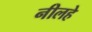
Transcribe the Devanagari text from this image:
नीलहे